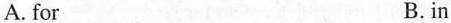
A.for B.in